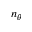
n _ { \theta }